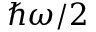
\hbar \omega / 2